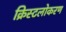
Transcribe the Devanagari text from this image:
क्रिस्टलोकरण